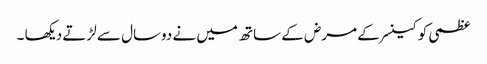
عظمی کو کینسر کے مرض کے ساتھ میں نے دوسال سے لڑتے دیکھا ۔